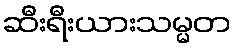
ဆီးရီးယားသမ္မတ